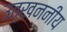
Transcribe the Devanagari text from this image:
उत्खननीय